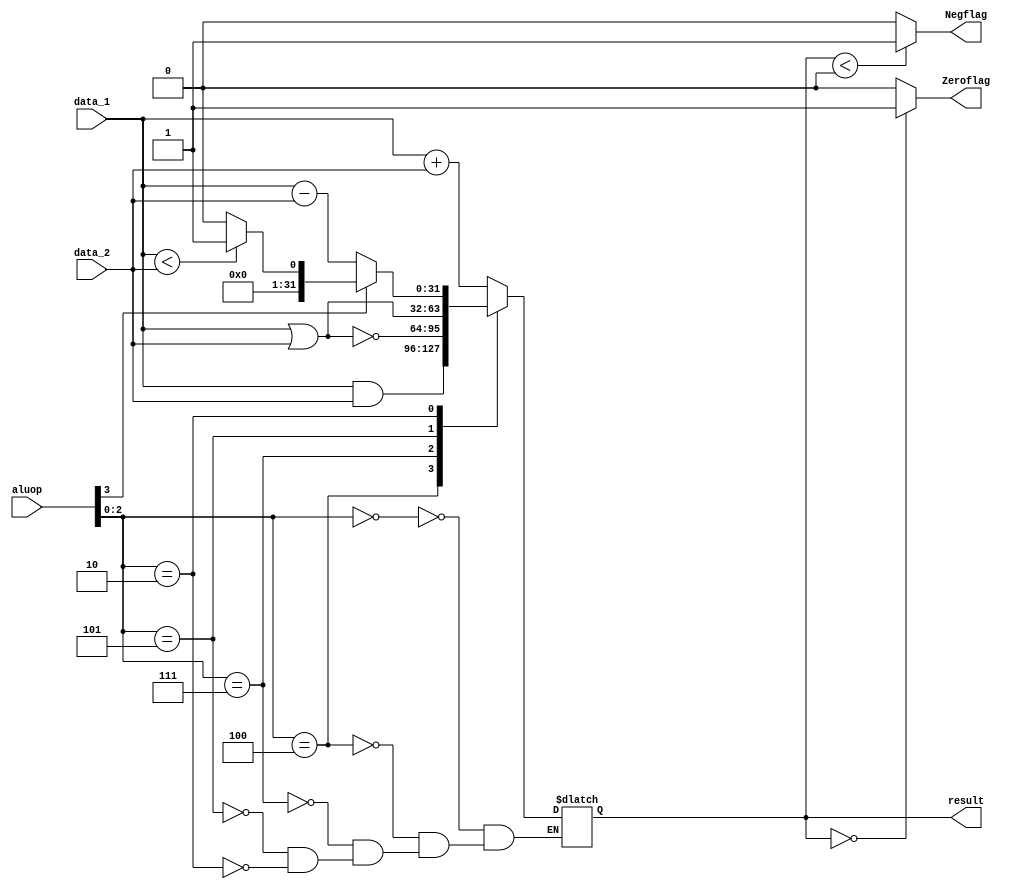
module alu(input wire [31:0] data_1 , data_2 , input wire [3:0] aluop , output reg [31:0] result ,output reg Zeroflag , output reg Negflag);
always @(data_1,data_2,aluop)
begin
case (aluop[2:0])
 0 : result <= data_1 + data_2 ;//add
 4 : result <= data_1 & data_2 ;// and
 7 : result <= ~(data_1 | data_2);//nor
 5 : result <= data_1|data_2 ;  // or
 2 : if (aluop[3] == 1'b1) result <=(data_1 < data_2)?'b1:'b0; else result <= data_1 - data_2 ;
endcase 
end
always @(result)
begin
Zeroflag = (result == 0)?1:0 ; 
Negflag = (result < 0)?1:0 ; 
end
endmodule